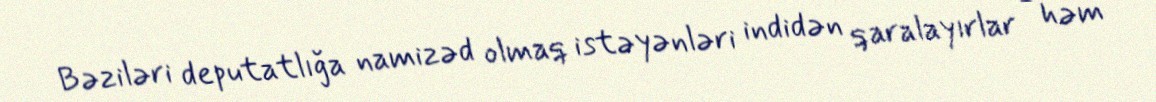
Bəziləri deputatlığa namizəd olmaq istəyənləri indidən qaralayırlar - həm